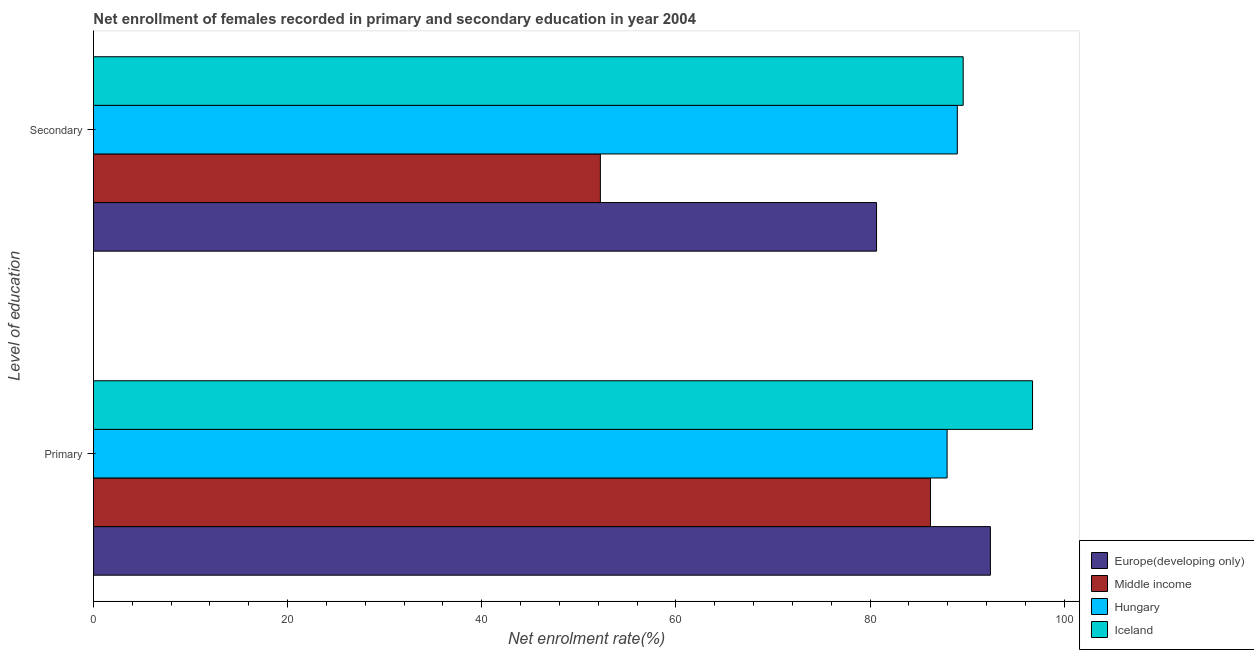
| Level of education | Europe(developing only) | Middle income | Hungary | Iceland |
 | --- | --- | --- | --- | --- |
 | Primary | 92.4 | 86.2 | 87.9 | 96.7 |
 | Secondary | 80.7 | 52.2 | 89 | 89.6 |